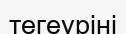
тегеуріні